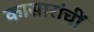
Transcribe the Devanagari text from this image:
कासारांचीं